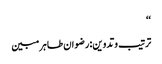
‘‘
ترتیب وتدوین:رضوان طاہر مبین